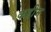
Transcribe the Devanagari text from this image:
कहीम